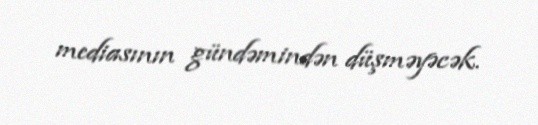
mediasının gündəmindən düşməyəcək.